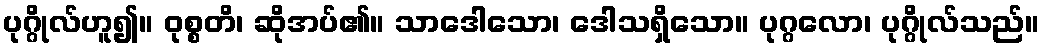
ပုဂ္ဂိုလ်ဟူ၍။ ဝုစ္စတိ၊ ဆိုအပ်၏။ သာဒေါသော၊ ဒေါသရှိသော။ ပုဂ္ဂလော၊ ပုဂ္ဂိုလ်သည်။